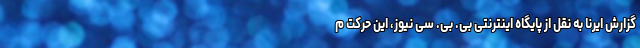
گزارش ایرنا به نقل از پایگاه اینترنتی بی. بی. سی نیوز، این حرکت م